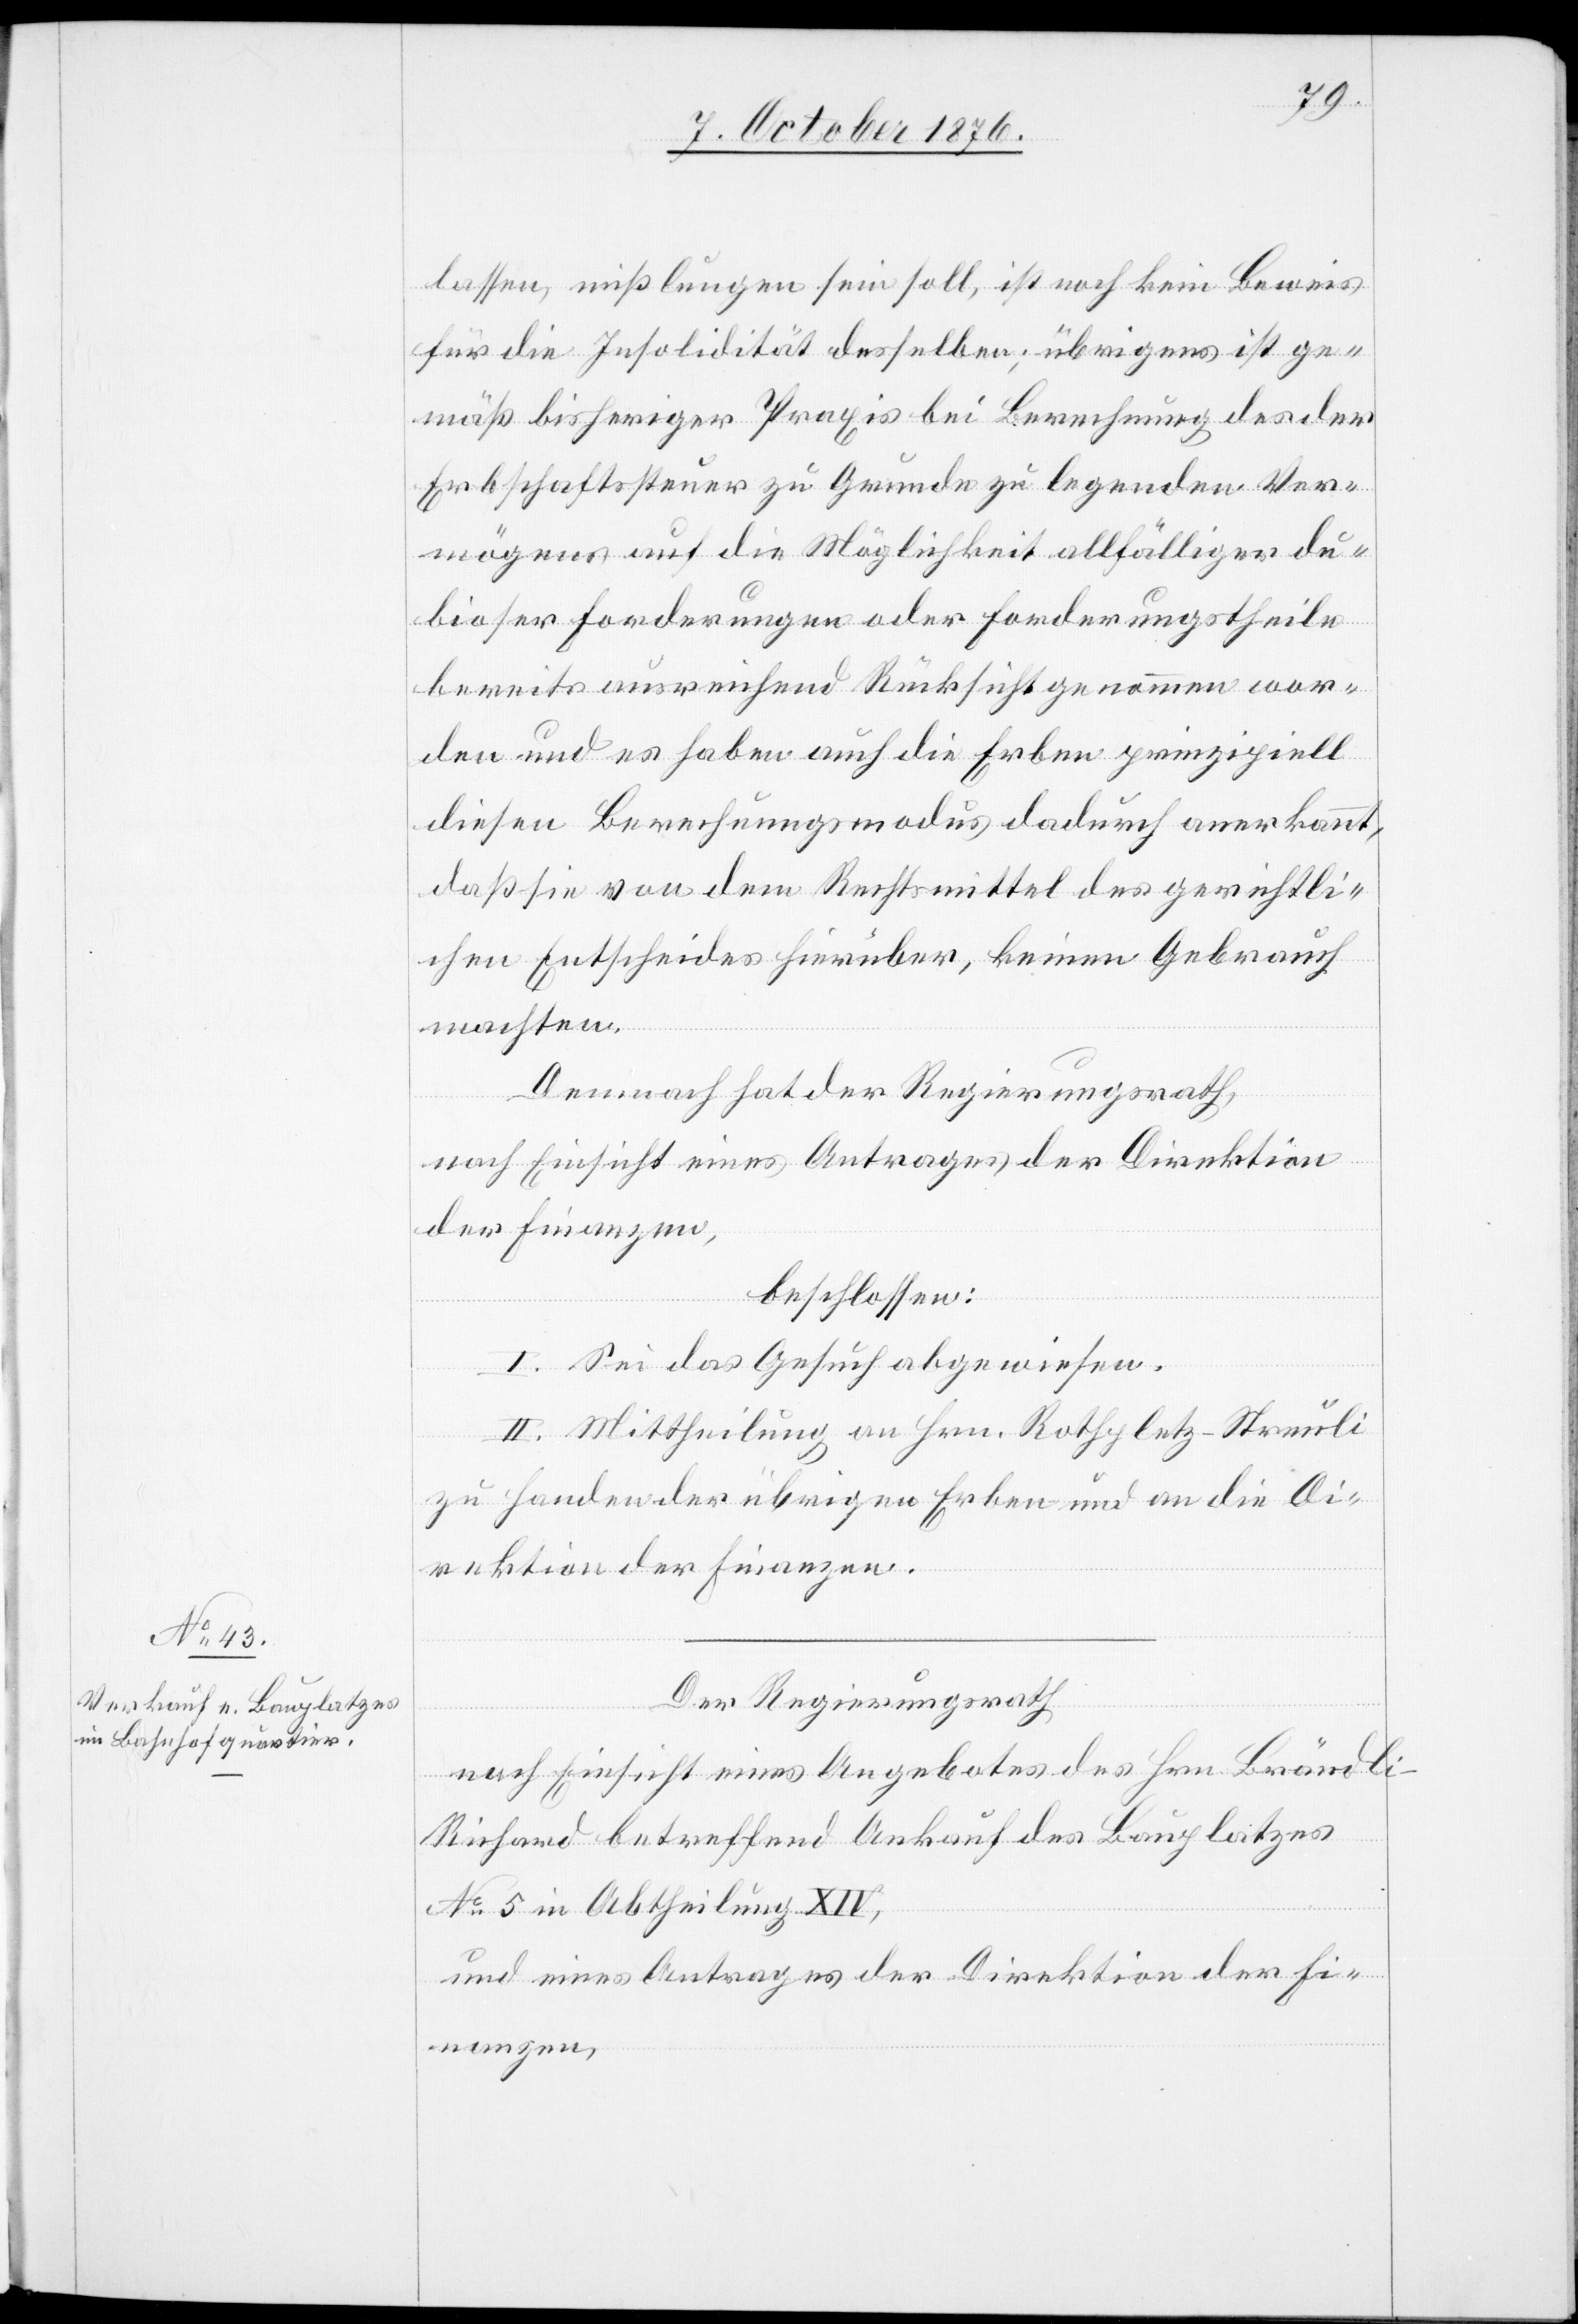
lassen, mißlungen sein soll, ist noch kein Beweis
für die Insolidität desselben; übrigens ist ge¬
mäß bisheriger Praxis bei Berechnung des der
Erbschaftssteuer zu Grunde liegenden Ver¬
mögens auf die Möglichkeit allfälliger du¬
bioser Forderungen oder Forderungstheile
bereits ausreichend Rücksicht genommen wor¬
den und es haben auch die Erben prinzipiell
diesen Berechnungsmodus dadurch anerkannt,
daß sie von dem Rechtsmittel des gerichtli¬
chen Entscheides hierüber, keinen Gebrauch
machten.
Demnach hat der Regierungsrath,
nach Einsicht eines Antrages der Direktion
der Finanzen,
beschlossen:
I. Sei das Gesuch abgewiesen.
II. Mittheilung an Hrn. Rothpletz-Streuli
zu Handen der übrigen Erben und an die Di¬
rektion der Finanzen.
Der Regierungsrath
nach Einsicht eines Angebotes des Hrn. Brändl¬
i-Richard betreffend Ankauf des Bauplatzes
No 5 in Abtheilung XIV,
und eines Antrages der Direktion der Fi¬
nanzen,